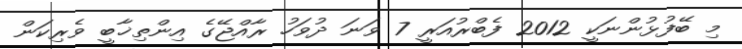
މި ބޭފުޅުންނަކީ 2012 ފެބްރުއަރީ 7 ވަނަ ދުވަހު ރާއްޖޭގެ އިންތިޚާބީ ވެރިކަން